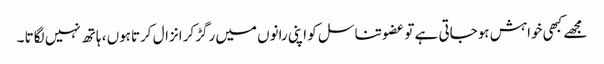
مجھے کبھی خواہش ہوجاتی ہے تو عضو تناسل کو اپنی رانوں میں رگڑکر انزال کرتاہوں ، ہاتھ نہیں لگاتا ۔